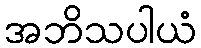
အဘိသပါယံ